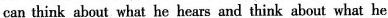
can think about what he hears and think about what he knows.